Vital statistics of India. Vol. IV, Annual returns from 1871 to 1876. British Army of India, Native Army and jails of Bengal
Year: 1871
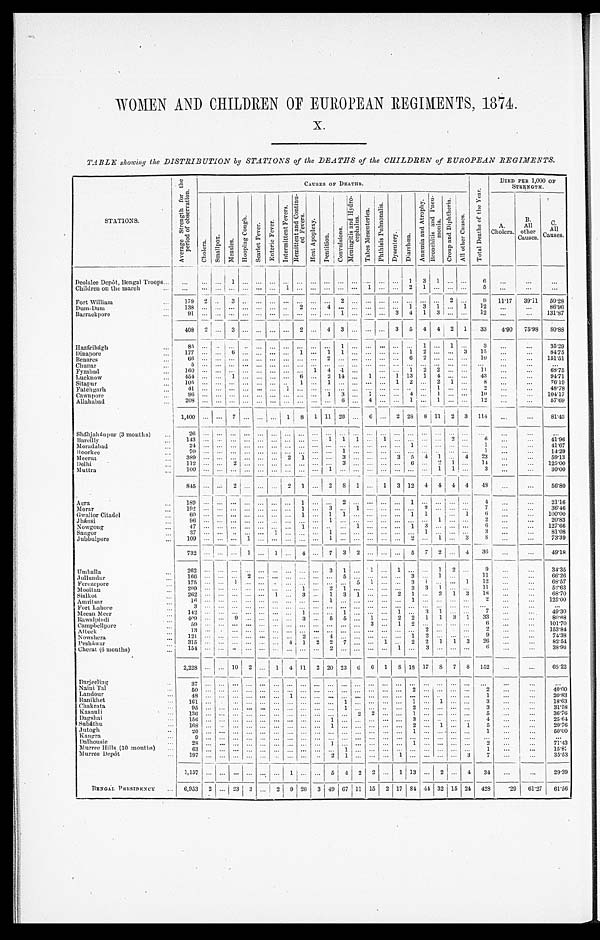
WOMEN AND CHILDREN OF EUROPEAN REGIMENTS, 1874.
TA BLE showing the DISTRIBUTION by STATIONS of the DEATHS of the CHILDREN of EUROPEAN REGIMENTS.
STATIONS
.
A v e r a g e S t r e n g t h f o r t h e p e r i o d o f o b s e r v a t i o n .
CAUSES OF DEATHS.
T o t a l D e a t h s o f t h e Y e a r .
DIED PER 1,000 OF
STRENGTH.
Cholera.
S m a l l p o x .
M e a s l e s .
H o o p i n g C o u g h .
S c a r l e t F e v e r . E n t e r i c F e v e r .
I n t e r m i t t e n t F e v e r s .
R e m i t t e n t a n d C o n t i n u - e d F e v e r s .
H e a t A p o p l e x y .
D e n t i t i o n .
C o n v u l s i o n s .
M e n i n g i t i s a n d H y d r o - c e p h a l u s .
T a b e s M e s e n t e r i c a .
P h t h i s i s P u l mo n a l i s .
D y s e n t e r y .
D i a r r h œ a .
A n æ m i a a n d A t r o p h y .
B r o n c h i t i s a n d P n e u - m o n i a . C r o u p a n d D i p h t h e r i a .
Al l o t h e r Ca u s e s .
A .
Cholera.
B. All
other
Causes.
C .
All
Causes.
Deol alee Depôt, Bengal Troops . . .
. . . . . . . . . 1 . . . . . . . . .
. . . . . .
. . .
. . .
. . . . . . . . . . . . . . .
1
3
1 . . . . . .
6
. . .
. . .
. . .
Children on the march . . .
. . . . . . . . .
. . . . . . . . . . . .
1
. . .
. . .
. . .
. . . . . .
1
. . . . . . 2
1
. . . . . . . . .
5
. . .
. . .
. . .
Fort William . . .
1 7 9 2
. . .
3
. . .
. . .
. . .
. . .
. . .
. . . . . .
2 . . .
. . .
. . . . . . . . .
. . . . . . 2 . . .
9
11.17
39.11
50.28
Dum-Dum . . .
1 3 8 . . . . . .
. . .
. . .
. . .
. . .
. . .
2
. . . 4
. . . . . .
. . .
. . . . . . 1
3
1 . . . 1
1 2
. . .
. . .
8 6 . 9 6
Barrackpore . . .
9 1 . . . . . .
. . . . . . . . . . . .
. . . . . .
. . .
. . .
1 . . .
. . .
. . . 3 4
1
3 . . . . . .
1 2
. . .
. . .
1 3 1 . 8 7
408 2
. . . 3 . . . . . . . . .
. . . 2
. . . 4 3 . . .
. . .
. . . 3 5 4
4 2
1
33
4 . 9 0
75.98
80.88
Hazáribágh . . .
8 5 . . . . . .
. . .
. . .
. . .
. . . . . .
. . .
. . .
. . .
1 . . .
. . .
. . . . . .
. . . 1 . . . 1 . . .
3 . . .
. . . 35.29
Dinapore . . .
1 7 7 . . . . . .
6
. . .
. . .
. . . . . .
1
. . .
1
1 . . .
. . .
. . . . . .
1 2 . . . . . . 3
1 5 . . .
. . .
8 4 . 7 5
Benares . . .
6 6 . . . . . .
. . . . . . . . . . . .
. . . . . . . . .
2
. . .
. . .
. . .
. . . . . .
6 2 . . . . . . . . .
1 0 . . .
. . .
1 5 1 . 5 1
Chu na r . . .
5 . . . . . .
. . .
. . .
. . .
. . .
. . .
. . .
. . .
. . .
. . .
. . .
. . .
. . . . . .
. . . . . . . . . . . . . . .
. . .
. . .
. . .
. . .
Fyzabad . . .
1 6 0 . . . . . .
. . .
. . . . . . . . .
. . . . . . 1 4
. 1 . . .
. . . . . . 1
2 2 . . . . . .
1 1
. . .
. . .
6 8 . 7 5
Lucknow . . . 454 . . . . . . 1 . . . . . .
. . .
. . .
6
. . . 2 14 . . . 1 . . . 1 13
1
4 . . . . . .
4 3
. . .
. . .
9 4 . 7 1
Sitapur . . .
1 0 5 . . . . . .
. . .
. . .
. . .
. . .
. . .
1
. . .
1
. . . . . .
. . .
. . . 1
2 . . .
2 1 . . .
8
. . .
. . .
7 6 . 1 9
Fat e h garh . . .
4 1 . . . . . .
. . .
. . .
. . .
. . .
1
. . .
. . . . . .
. . . . . . . . . . . . . . .
. . .
. . .
1 . . . . . .
2
. . .
. . .
4 8 . 7 8
Cawnpore . . .
9 6 . . . . . .
. . .
. . .
. . .
. . .
. . .
. . .
. . . 1 3 . . .
1
. . . . . . 4
. . .
1 . . . . . .
1 0
. . .
. . .
1 0 4 . 1 7
Allahabad . . .
2 0 8 . . . . . .
. . .
. . .
. . .
. . .
. . .
. . . . . .
. . .
6 . . .
4
. . . . . . 1
. . . 1 . . . . . .
1 2
. . .
. . .
5 7 . 6 9
1,400 . . .
. . . 7 . . . . . .
. . . 1 8 1 11 26 . . . 6 . . . 2 28 8 11 2 3 114
. . .
. . . 81.43
Sháhjahánpur (3 months) . . .
2 6 . . . . . .
. . .
. . .
. . .
. . . . . . . . .
. . .
. . .
. . . . . .
. . . . . .
. . . . . .
. . .
. . . . . . . . .
. . .
. . .
. . .
. . .
Bareilly . . .
1 4 3 . . . . . .
. . .
. . .
. . .
. . . . . .
. . .
. . .
1
1 1
. . .
1
. . . . . . . . .
. . .
2 . . .
6
. . .
. . . 41.96
Moradabad . . .
2 4 . . . . . .
. . .
. . .
. . .
. . . . . .
. . .
. . .
. . .
. . .
. . .
. . .
. . .
. . . 1 . . .
. . .
. . . . . .
1
. . .
. . .
4 1 . 6 7
Roorkee . . .
7 0 . . . . . .
. . .
. . .
. . .
. . . . . .
. . .
. . .
. . . 1 . . .
. . . . . .
. . . . . .
. . . . . . . . . . . .
1
. . .
. . . 14.29
Meerut . . .
389 . . .
. . .
. . . . . . . . .
. . . 2 1 . . .
. . .
3 . . .
. . . . . . 3
5
4
1 . . . 4
2 3
. . .
. . .
5 9 . 1 3
Delhi . . .
1 1 2 . . .
. . .
2
. . .
. . .
. . . . . .
. . .
. . .
. . .
3 . . .
. . .
. . .
. . . 6 . . .
2 1 . . .
1 4
. . .
. . . 125.00
Muttra . . .
1 0 0 . . .
. . .
. . .
. . .
. . .
. . . . . .
. . .
. . .
1
. . .
. . .
. . .
. . .
. . . . . . . . .
1 1 . . .
3
. . .
. . . 30.00
8 4 5 . . .
. . .
2
. . .
. . .
. . . 2 1
. . . 2
8 1
. . . 1 3 12 4 4 4 4
48
. . .
. . . 56.80
Agra . . .
189 . . .
. . .
. . . . . . . . .
. . .
. . .
1 . . .
. . .
2 . . .
. . .
. . .
. . . 1 . . .
. . . . . . . . .
4
. . .
. . . 21.16
Morar . . .
1 9 2 . . .
. . .
. . .
. . .
. . .
. . . . . .
1 . . .
3
. . . 1
. . .
. . . . . . . . .
2
. . . . . . . . .
7
. . .
. . . 36.46
Gwalior Citadel . . .
6 0 . . .
. . .
. . .
. . .
. . .
. . . . . .
1 . . .
1
1 . . .
. . .
. . .
. . . 1 1
. . . 1
6
. . .
. . . 100.00
J h á n s i . . .
9 6 . . .
. . .
. . .
. . .
. . .
. . . . . .
. . . . . .
1
. . . . . .
. . .
. . .
. . . . . . . . .
1 . . . . . .
2
. . .
. . .
2 0 . 8 3
Nowgong . . .
4 7 . . .
. . .
. . .
. . .
. . .
. . . . . .
1 . . .
. . .
. . . 1
. . .
. . .
. . . 1 3
. . .
. . . . . .
6
. . .
. . . 127.66
Saugor . . .
3 7 . . .
. . .
. . .
. . .
. . .
1 . . .
. . . . . .
1
. . . . . .
. . .
. . .
. . . . . . 1
. . .
. . . . . .
3
. . .
. . . 81.08
Jubbulpore . . .
1 0 9 . . .
. . .
. . .
1 . . .
. . . . . . . . .
. . .
1
. . . . . .
. . .
. . .
. . . 2 . . .
1 . . . 3
8
. . .
. . . 73.39
7 3 2
. . .
. . .
. . .
1 . . .
1 . . .
4
. . .
7
3 2
. . .
. . .
. . . 5 7
2 . . . 4
36
. . .
. . . 49.18
U m b a l l a . . .
2 6 2 . . .
. . .
. . .
. . .
. . .
. . . . . . . . .
. . .
3
1 . . .
1
. . .
1
. . . . . .
1 2
. . .
9
. . .
. . . 34.35
Jullundur . . .
1 6 6 . . .
. . .
. . .
2 . . .
. . . . . . . . .
. . .
. . .
5 . . . . . .
. . .
. . . 3 . . .
1 . . .
11
. . .
. . . 66.26
Ferozepore . . .
175 . . .
. . .
1
. . . . . .
. . .
. . .
. . .
. . .
. . .
. . .
5
1
. . .
. . . 3
1
. . . . . . 1
1 2
. . .
. . .
6 8 . 5 7
Mooltan . . .. .
2 0 9
. . .
. . .
. . .
. . .
. . .
. . . . . .
1
. . .
2
1 . . .
. . .
. . .
. . . 3 3
1 . . .. . .
1 1
. . .
. . .
5 2 . 6 3
Sialkot . . .
262 . . .
. . .
. . .
. . . . . . 1
. . . 3
. . . 1
3 1
. . .
. . .
2 1
. . .
2 1 3
1 8
. . .
. . .
6 8 . 7 0
Amritsar . . .
1 6
. . .
. . .
. . .
. . .
. . .
. . . . . .
. . .
. . .
1
. . .
. . .
. . .
. . .
. . . 1 . . .
. . . . . .. . .
2
. . .
. . .
1 2 5 . 0 0
Fort Lahore . . .
3 . . .
. . .
. . .
. . .
. . .
. . . . . .
. . .
. . .
. . .
. . .
. . .
. . .
. . .
. . . . . . . . .
. . . . . .. . .
. . .
. . .
. . .
. . .
Meean Meer . . .
1 4 2
. . .
. . .
. . .
. . .
. . .
. . . . . .
1
. . .
. . .
1 . . .
. . .
. . .
1 . . .
3
1
. . .
. . .
7
. . .
. . .
4 9 . 3 0
Rawalpindi . . .
409 . . .
. . . 9
. . .
. . .
. . . . . . 3
. . . 5 5
. . . 1
. . .
2
2 1
1 3 1
3 3
. . .
. . .
8 0 . 6 8
Campbellpore . . .
5 9
. . .
. . .
. . .
. . .
. . .
. . . . . .
. . .
. . .
. . .
. . . . . .
3
. . .
1
2 . . .
. . . . . . . . .
6
. . .
. . .
1 0 1 . 7 0
Attock . . .
13 . . . . . .
. . .
. . .
. . .
. . . . . .
. . .
. . .
. . .
. . . . . .
. . .
. . .
. . . . . .
2
. . .
. . .
2
. . .
. . .
1 5 3 . 8 4
Nowshera . . .
1 2 1
. . .
. . .
. . .
. . .
. . .
. . . . . .
2
. . .
4
. . . . . .
. . .
. . .
. . . 1 2
. . . . . . . . .
9
. . .
. . .
7 4 . 3 8
Pesháwar . . .
315 . . .
. . .
. . .
. . .
. . .
. . . 4 1 2 2
7 . . .
. . . 1
. . . 2 2 1 1 3
2 6
. . .
. . .
8 2 . 5 4
Cherat (6 months) . . .
1 5 4
. . .
. . .
. . .
. . .
. . .
. . . . . .
. . .
. . .
2
. . .
. . .
. . .
. . .
1
. . . 3
. . . . . . . . .
6
. . .
. . .
3 8 . 9 6
2,228 . . .
. . . 10 2
. . . 1 4 11 2 20 23 6 6 1
8 18 17
8 7
8 152
. . .
. . . 68.22
D a r j e e l i n g . . .
37 . . .
. . .
. . .
. . .
. . .
. . . . . .
. . .
. . .
. . .
. . . . . .
. . .
. . .
. . .
. . . . . .
. . . . . . . . .
. . .
. . .
. . .
. . .
N a i n i T a l . . .
5 0
. . .
. . .
. . .
. . .
. . .
. . . . . .
. . .
. . .
. . .
. . . . . .
. . .
. . .
. . .
2 . . .
. . . . . . . . .
2
. . .
. . .
40.00
L a n d o u r . . .
4 8
. . .
. . .
. . .
. . .
. . .
. . . 1
. . .
. . .
. . .
. . . . . .
. . .
. . .
. . .
. . . . . .
. . .
. . . . . .
1
. . .
. . .
20.83
R a n i k h e t . . .
1 6 1
. . .
. . .
. . .
. . .
. . .
. . . . . .
. . .
. . .
. . .
1 . . .
. . .
. . .
. . .
1 . . .
1 . . . . . .
3
. . .
. . .
18.63
Chakrata . . .
9 5
. . .
. . .
. . .
. . .
. . .
. . . . . .
. . .
. . .
. . .
1 . . .
. . .
. . .
. . .
2 . . .
. . . . . . . . .
3
. . .
. . .
31.58
Kasauli . . .
1 3 6
. . .
. . .
. . .
. . .
. . .
. . . . . .
. . .
. . .
. . .
. . .
2
2
. . .
. . .
1 . . .
. . . . . . . . .
5
. . .
. . .
36.76
Dagshai . . .
1 5 6 . . .
. . .
. . .
. . .
. . .
. . . . . .
. . .
. . .
1
. . .
. . .
. . .
. . .
. . .
3 . . .
. . . . . . . . .
4
. . .
. . .
25.64
S u b á t h u . . .
1 6 8 . . .
. . .
. . .
. . .
. . .
. . . . . .
. . .
. . .
1
. . .
. . .
. . .
. . .
. . .
2 . . .
1 . . . 1
5
. . .
. . .
29.76
Jutogh . . .
2 0 . . .
. . .
. . .
. . .
. . .
. . . . . .
. . .
. . .
. . .
. . .
. . .
. . .
. . .
. . .
1 . . .
. . . . . . . . .
1
. . .
. . .
50.00
K a n g r a . . .
9 . . .
. . .
. . .
. . .
. . .
. . . . . .
. . .
. . .
. . .
. . . . . .
. . .
. . .
. . .
. . . . . .
. . . . . .
. . .
. . .
. . .
. . .
. . .
Dalhousie . . .
2 8 . . .
. . .
. . .
. . .
. . .
. . . . . .
. . .
. . .
1
. . . . . .
. . .
. . .
. . .
1 . . .
. . . . . . . . .
2
. . .
. . .
71.43
Murree Hills (10 months) . . .
6 3 . . .
. . .
. . .
. . .
. . .
. . . . . .
. . .
. . .
. . .
1 . . .
. . .
. . .
. . .
. . . . . .
. . . . . . . . .
1
. . .
. . .
15.87
Murree Depôt . . .
1 9 7
. . .
. . .
. . .
. . .
. . .
. . . . . .
. . .
. . .
2
1 . . .
. . .
. . .
1
. . . . . .
. . . . . . 3
7
. . .
. . .
35.53
1,157
. . .
. . .
. . .
. . .
. . .
. . .
1
. . .
. . . 5 4 2 2
. . .
1
13 . . .
2
. . . 4
34
. . .
. . .
29.39
BENGAL PRESIDENCY . . .
6,953 2
. . .
2 3 3
. . . 2 9 26 3 49 67 11 15 2 17 84 44 32 15 24 428
.29
61.27
61.56